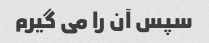
سپس آن را می گیرم